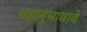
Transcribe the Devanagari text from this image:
महानुभावावे